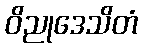
ဝိညုဒေသိတံ